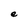
Character: e